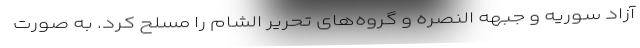
آزاد سوریه و جبهه النصره و گروه­های تحریر الشام را مسلح کرد. به صورت